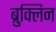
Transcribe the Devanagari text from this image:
ब्रुक्लिन